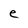
Character: e